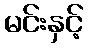
မင်းနှင့်